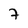
Character: 7